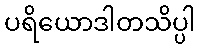
ပရိယောဒါတသိပ္ပါ